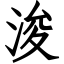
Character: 浚